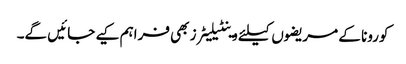
کورونا کے مریضوں کیلئے وینٹیلیٹرز بھی فراہم کیے جائیں گے۔